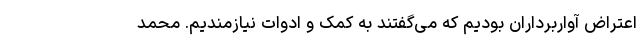
اعتراضِ آواربرداران بودیم که می‌گفتند به کمک و ادوات نیازمندیم. محمد